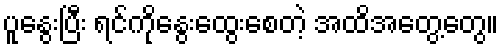
ပူနွေးပြီး ရင်ကိုနွေးထွေးစေတဲ့ အထိအတွေ့တွေ။